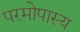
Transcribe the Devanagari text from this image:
परमोपास्य